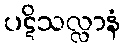
ပဋိသလ္လာနံ